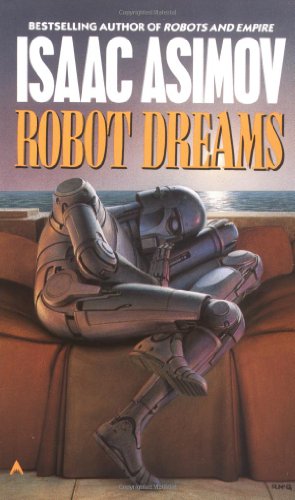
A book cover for Robot Dreams (Remembering Tomorrow); Isaac Asimov; Science Fiction & Fantasy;